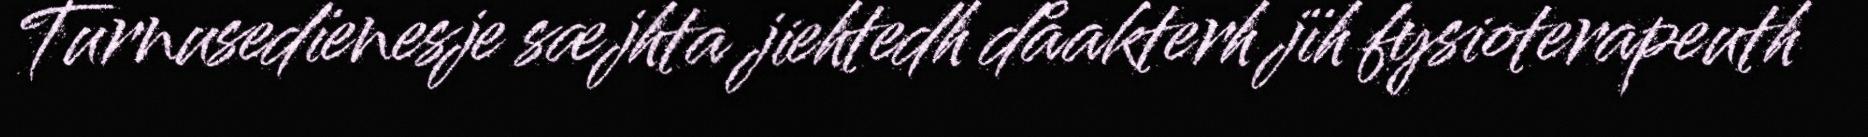
Turnusedïenesje sæjhta jiehtedh dåakterh jïh fysioterapeuth